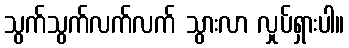
သွက်သွက်လက်လက် သွားလာ လှုပ်ရှားပါ။